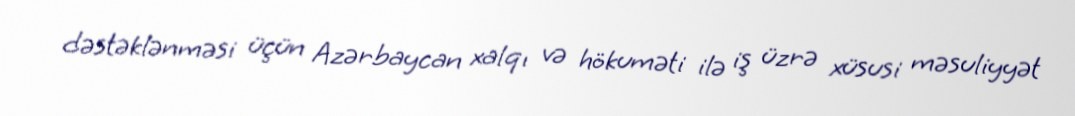
dəstəklənməsi üçün Azərbaycan xalqı və hökuməti ilə iş üzrə xüsusi məsuliyyət